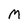
Character: M